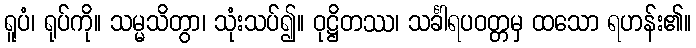
ရူပံ၊ ရုပ်ကို။ သမ္မသိတွာ၊ သုံးသပ်၍။ ဝုဋ္ဌိတဿ၊ သင်္ခါရပဝတ္တမှ ထသော ရဟန်း၏။